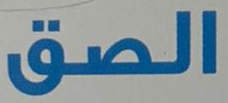
الصق